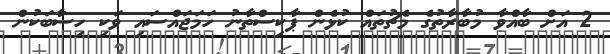
2 އަށް ބާއްވާ މުބާރާތުގެ މެޗުތައް ކުޅެން ޕާކިސްތާނު ހަމަޖައްސައި ވަކި ހިސާބަކުން